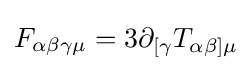
F_{\alpha \beta \gamma \mu }=3\partial _{[\gamma }T_{\alpha \beta ]\mu }